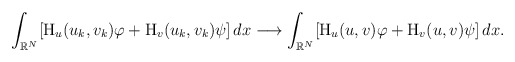
\begin{align*}\int_{\mathbb{R}^{N}}[\mathrm{H}_{u}(u_k,v_k)\varphi+\mathrm{H}_{v}(u_k,v_k)\psi]\,dx \longrightarrow \int_{\mathbb{R}^{N}}[\mathrm{H}_{u}(u,v)\varphi+\mathrm{H}_{v}(u,v)\psi]\,dx.\end{align*}